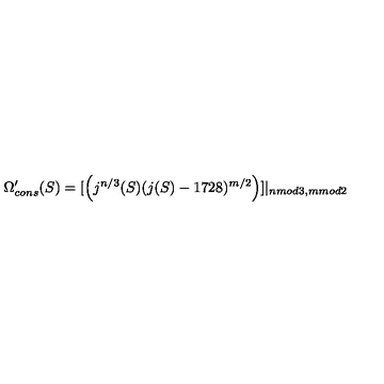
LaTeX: \Omega _ { c o n s } ^ { \prime } ( S ) = [ \left( j ^ { n / 3 } ( S ) ( j ( S ) - 1 7 2 8 ) ^ { m / 2 } \right) ] | _ { n m o d 3 , m m o d 2 }